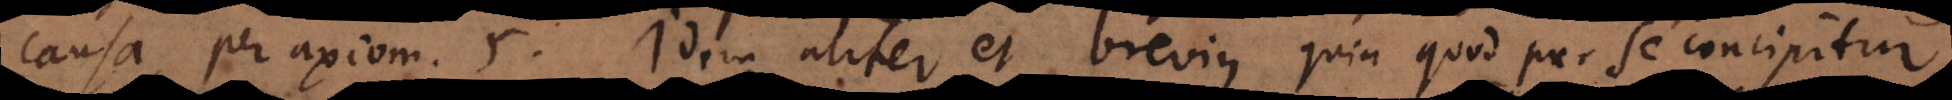
causa, per axiom. 5. Idem aliter et brevius quia quod per se concipitur,